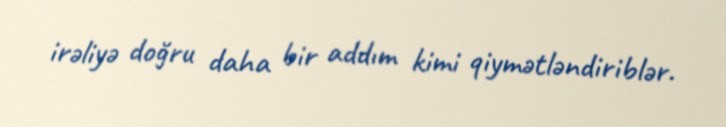
irəliyə doğru daha bir addım kimi qiymətləndiriblər.